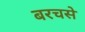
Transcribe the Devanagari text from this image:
बरचसे